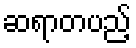
ဆရာတပည့်